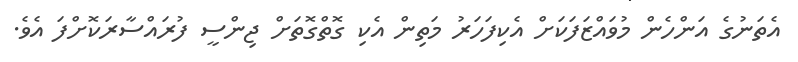
އެތަނުގެ އަންހެން މުވައްޒަފަކަށް އެކިފަހަރު މަތިން އެކި ގޮތްގޮތަށް ޖިންސީ ފުރައްސާރަކޮށްފަ އެވެ.